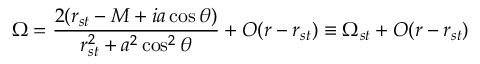
\Omega = \frac { 2 ( r _ { s t } - M + i a \cos \theta ) } { r _ { s t } ^ { 2 } + a ^ { 2 } \cos ^ { 2 } \theta } + { \cal O } ( r - r _ { s t } ) \equiv \Omega _ { s t } + { \cal O } ( r - r _ { s t } )